Notes on vaccination in the North-West Frontier Province 1923-1928 - 1923-1928
Year: 1923
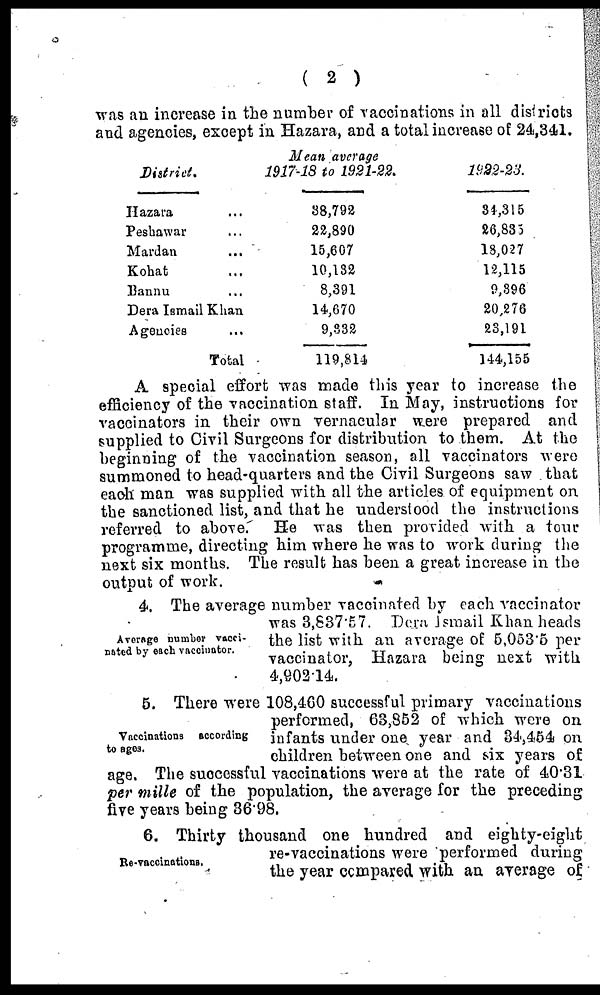
( 2 )
was an increase in the number of vaccinations in all districts
and agencies, except in Hazara, and a total increase of 24,341.
District.
Hazara ...
Peshawar ...
Mardan
...
Kohat ...
Bannu ...
Dera Ismail Khan
Agencies ...
Total
Mean average
1917-18 to 1931-22.
38,792
22,890
15,507
10,132
8,391
14,570
9,332
119,814
1922-23.
34,315
25,835
18,027
12,115
9,396
20,276
23,191
144,155
A special effort was made this year to increase the
efficiency of the vaccination staff. In May, instructions for
vaccinators in their own vernacular were prepared and
supplied to Civil Surgeons for distribution to them. At the
beginning of the vaccination season, all vaccinators were
summoned to head-quarters and the Civil Surgeons saw that
each man was supplied with all the articles of equipment on
the sanctioned list, and that he understood the instructions
referred to above. He was then provided with a tour
programme, directing him where he was to work during the
next six months. The result has been a great increase in the
output of work.
Average number vacci-
nated by each vaccinator.
4. The average number vaccinated by each vaccinator
was 3,837.57. Dera Ismail Khan heads
the list with an average of 5,053.5 per
vaccinator, Hazara being next with
4,902.14.
Vaccinations according
to ages.
5. There were 108,460 successful primary vaccinations
performed, 63,852 of which were on
infants under one year and 34,454 on
children between one and six years of
age. The successful vaccinations were at the rate of 40.31
per mille of the population, the average for the preceding
five years being 36.98.
Re-vaccinations.
6. Thirty thousand one hundred and eighty-eight
re-vaccinations were performed during
the year compared with an average of